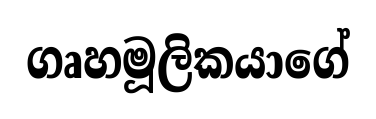
ගෘහමූලිකයාගේ